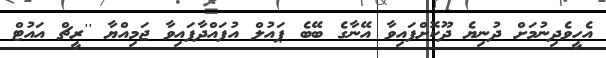
އެހީވެދިނުމަށް ދުނިޔެ ދޫކޮށްފައިވާ އޭނާގެ ބޭބެ ޕައުލް އުފައްދާފައިވާ ޖަމިއްޔާ ''ރީޗް އައުޓް